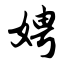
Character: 娉